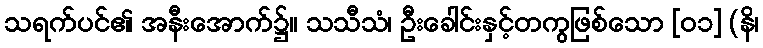
သရက်ပင်၏ အနီးအောက်၌။ သသီသံ၊ ဦးခေါင်းနှင့်တကွဖြစ်သော [၀၁] (နိ၊